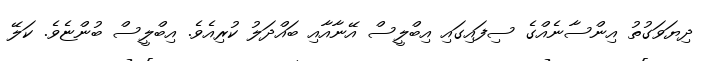
ދިޔަވަގުތު އިންސާނެއްގެ ސިފައިގައި އިބްލީސް އޭނާއާއި ބައްދަލު ކުރިއެވެ. އިބްލީސް ބުންޏެވެ. ކަލޭ